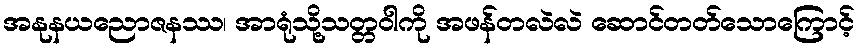
အနုနယညောဇနဿ၊ အာရုံသို့သတ္တဝါကို အဖန်တလဲလဲ ဆောင်တတ်သောကြောင့်